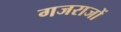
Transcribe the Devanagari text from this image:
गजराजों